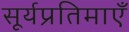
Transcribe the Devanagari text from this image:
सूर्यप्रतिमाएँ